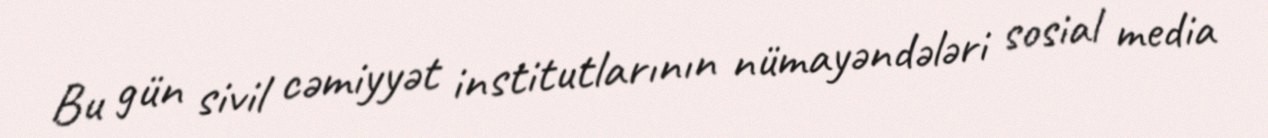
Bu gün sivil cəmiyyət institutlarının nümayəndələri sosial media